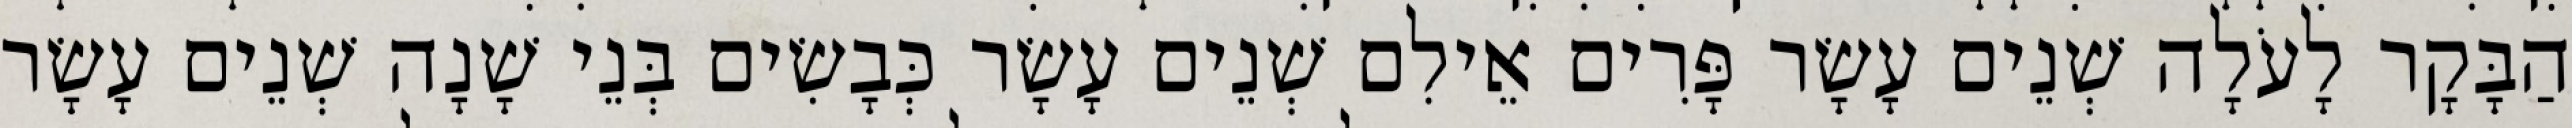
הַבָּקָר לָעֹלָה שְׁנֵים עָשָׂר פָּרִים אֵילִם שְׁנֵים עָשָׂר כְּבָשִׂים בְּנֵי שָׁנָה שְׁנֵים עָשָׂר